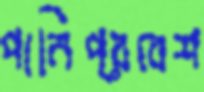
পানিপ্রবেশ